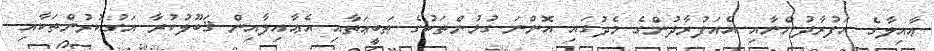
ޢާއިލާގެ އަފުރާދުންނާއި އެއަފުރާދުންގެ މެދުގައި އޮންނަ ގުޅުންތަކުގެ ޠަބީޢަތާއި އެޢާއިލާއިން ޤަބޫލުކުރާ އަގުކުރުންތަކާއި